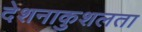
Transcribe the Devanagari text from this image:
देशनाकुशलता